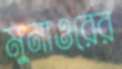
মুনাওরের